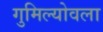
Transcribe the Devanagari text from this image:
गुमिल्योवला